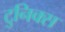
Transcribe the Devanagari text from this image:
टुनिक्स